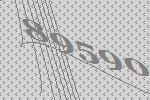
89590